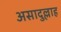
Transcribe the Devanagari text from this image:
असादुल्लाह